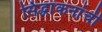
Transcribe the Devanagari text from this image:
सिद्धांकनांची